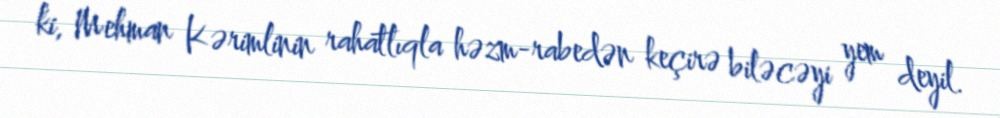
ki, Mehman Kərimlinin rahatlıqla həzm-rabedən keçirə biləcəyi yem deyil.